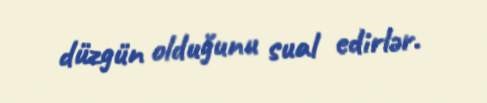
düzgün olduğunu sual edirlər.